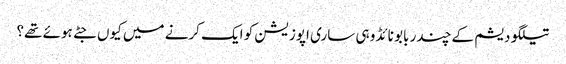
تیلگو دیشم کے چندر بابو نائڈو ہی ساری اپوزیشن کو ایک کرنے میں کیوں جٹے ہوئے تھے؟